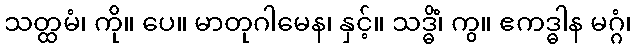
သတ္ထမံ၊ ကို။ ပေ။ မာတုဂါမေန၊ နှင့်။ သဒ္ဓိံ၊ ကွ။ ဧကဒ္ဓါန မဂ္ဂံ၊